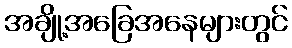
အချို့အခြေအနေများတွင်